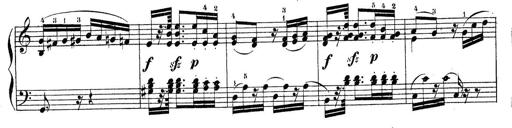
Title: Piano Sonatine No.2
Composer: Peter Piel
Key: G major